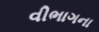
વીભાગના